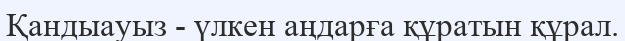
Қандыауыз - үлкен аңдарға құратын құрал.